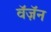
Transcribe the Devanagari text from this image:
वॅज़ॅन